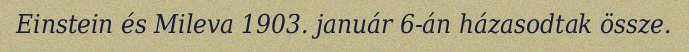
Einstein és Mileva 1903. január 6-án házasodtak össze.